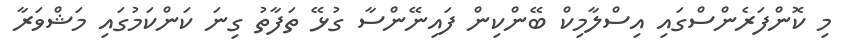
މި ކޮންފަރެންސްގައި އިސްލާމިކް ބޭންކިން ފައިނޭންސާ ގުޅޭ ތަފާތު ގިނަ ކަންކަމުގައި މަޝްވަރާ